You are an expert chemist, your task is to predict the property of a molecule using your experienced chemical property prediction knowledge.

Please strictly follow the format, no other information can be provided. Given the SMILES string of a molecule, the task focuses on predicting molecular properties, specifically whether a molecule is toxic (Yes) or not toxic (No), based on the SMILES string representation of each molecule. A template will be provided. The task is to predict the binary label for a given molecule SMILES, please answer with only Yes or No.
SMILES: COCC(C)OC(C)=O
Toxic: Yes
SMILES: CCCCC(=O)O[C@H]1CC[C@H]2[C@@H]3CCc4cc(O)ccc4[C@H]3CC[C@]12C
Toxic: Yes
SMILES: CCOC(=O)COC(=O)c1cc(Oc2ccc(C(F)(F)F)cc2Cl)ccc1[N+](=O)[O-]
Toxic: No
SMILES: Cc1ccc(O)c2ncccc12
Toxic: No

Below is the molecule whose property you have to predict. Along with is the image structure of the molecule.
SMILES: O=C(Cn1ccnc1[N+](=O)[O-])NCc1ccccc1
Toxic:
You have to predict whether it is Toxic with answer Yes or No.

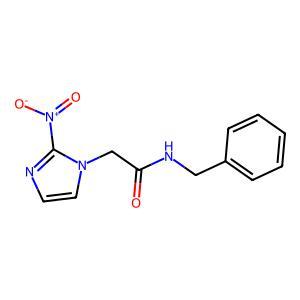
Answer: No